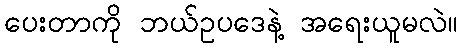
ပေးတာကို ဘယ်ဥပဒေနဲ့ အရေးယူမလဲ။